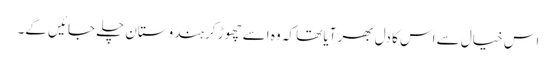
اس خیال سے اس کا دل بھر آیا تھا کہ وہ اسے چھوڑ کر ہندوستان چلے جائیں گے۔